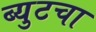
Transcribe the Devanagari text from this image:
ब्युटचा